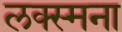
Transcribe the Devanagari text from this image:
लक्स्मना